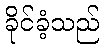
ခိုင်ခံ့သည်